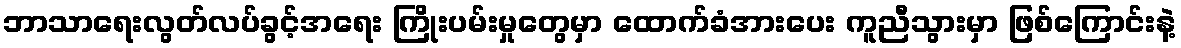
ဘာသာရေးလွတ်လပ်ခွင့်အရေး ကြိုးပမ်းမှုတွေမှာ ထောက်ခံအားပေး ကူညီသွားမှာ ဖြစ်ကြောင်းနဲ့